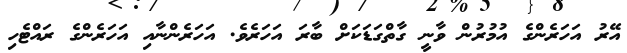
އޭރު އަހަރެންގެ އުމުރުން ވާނީ ގާތްގަޑަކަށް ބާރަ އަހަރެވެ. އަހަރެންނާއި އަހަރެންގެ ރައްޓެހި